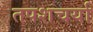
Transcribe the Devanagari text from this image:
तपशचर्या